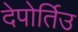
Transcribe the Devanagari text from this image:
देपोर्तिउ